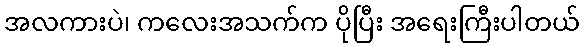
အလကားပဲ၊ ကလေးအသက်က ပိုပြီး အရေးကြီးပါတယ်